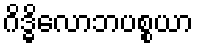
ဂိဒ္ဓိလောဘပစ္စယာ